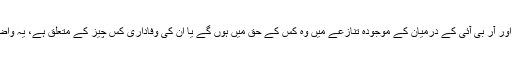
لیکن مرکز اور آر بی آئی کے درمیان کے موجودہ تنازعے میں وہ کس کے حق میں ہوں ‌گے یا ان کی وفاداری کس چیز کے متعلق ہے، یہ واضح نہیں ہے۔